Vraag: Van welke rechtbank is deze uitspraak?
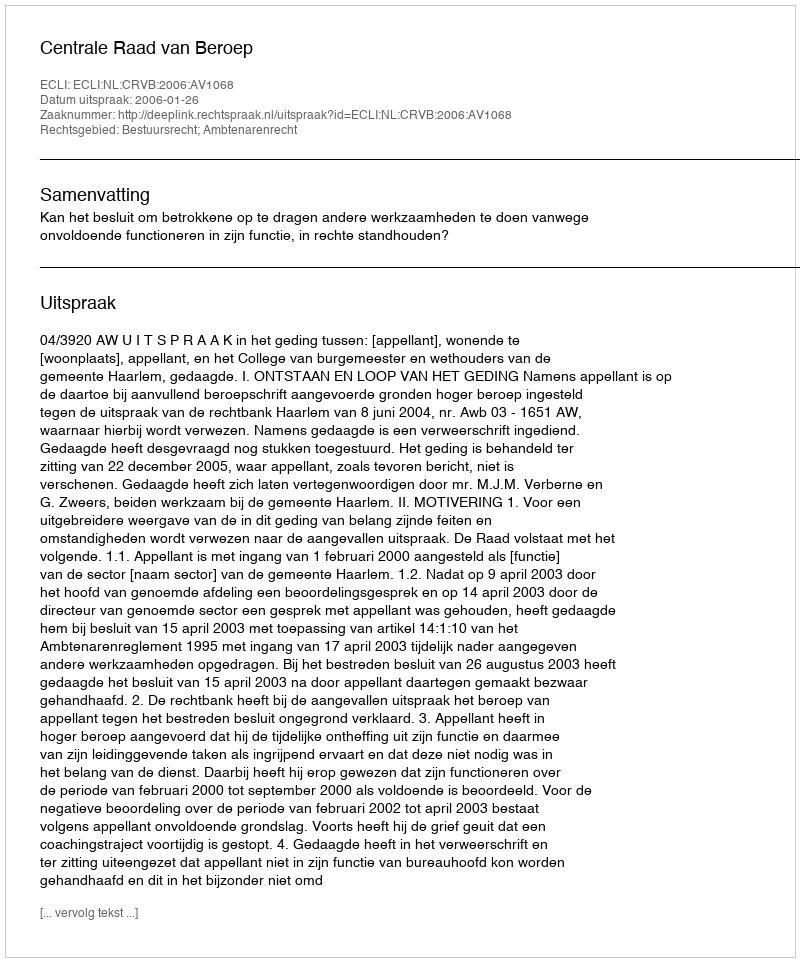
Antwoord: Centrale Raad van Beroep